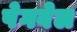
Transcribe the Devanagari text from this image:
पेगवेल